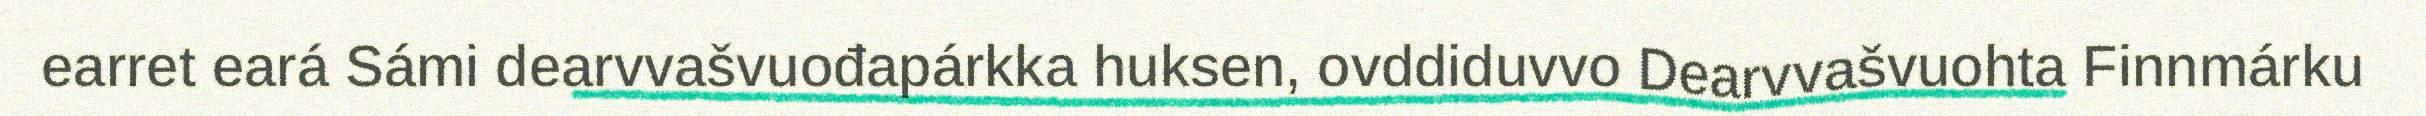
earret eará Sámi dearvvašvuođapárkka huksen, ovddiduvvo Dearvvašvuohta Finnmárku